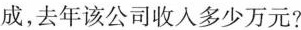
成，去年该公司收入多少万元?